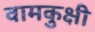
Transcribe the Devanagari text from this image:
वामकुक्षी